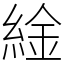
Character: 䋮